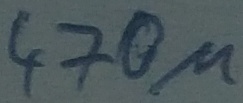
Text: 470µ